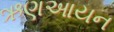
ઋણઆયન